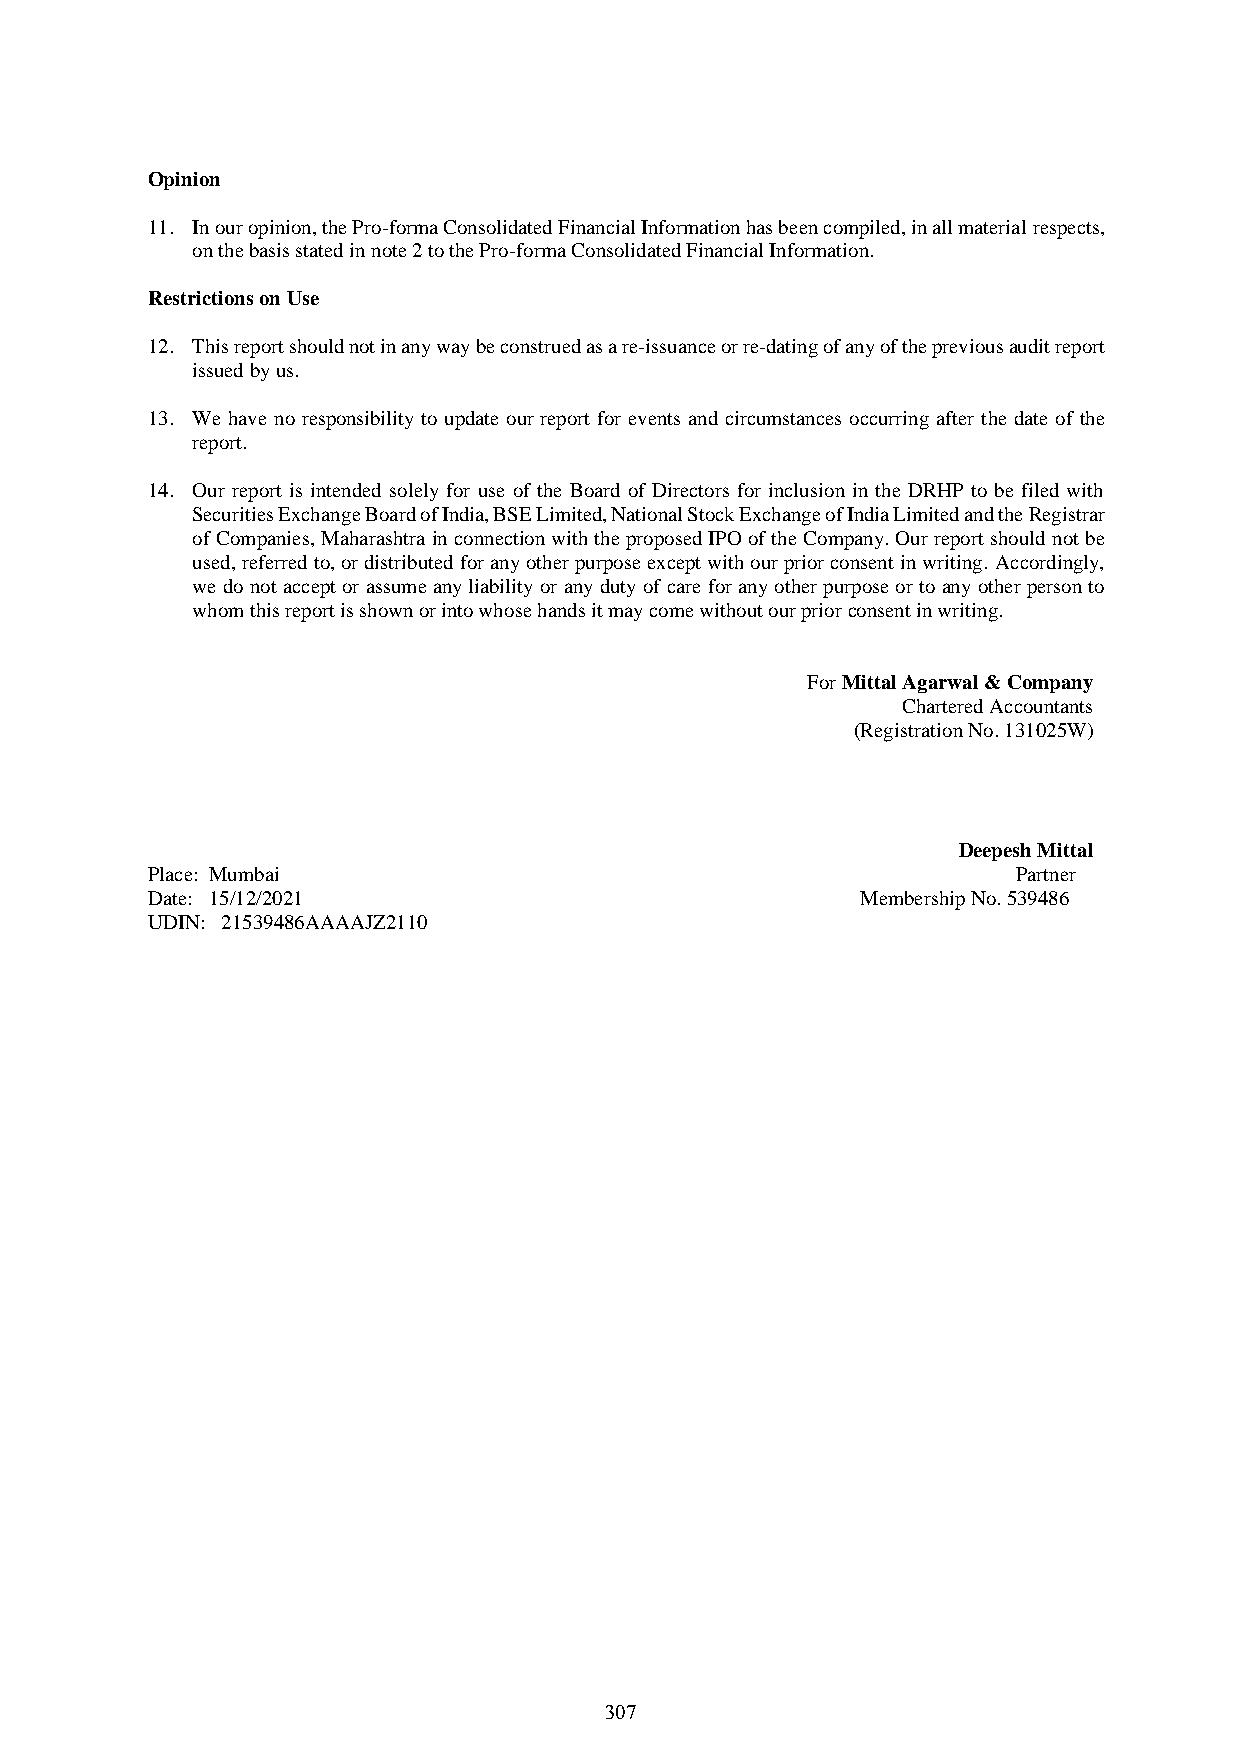
Opinion
 11. In our opinion, the Pro-forma Consolidated Financial Information has been compiled, in all material respects,
 on the basis stated in note 2 to the Pro-forma Consolidated Financial Information.
 Restrictions on Use
 12. This report should not in any way be construed as a re-issuance or re-dating of any of the previous audit report
 issued by us.
 13. We have no responsibility to update our report for events and circumstances occurring after the date of the
 report.
 14. Our report is intended solely for use of the Board of Directors for inclusion in the DRHP to be filed with
 Securities Exchange Board of India, BSE Limited, National Stock Exchange of India Limited and the Registrar
 of Companies, Maharashtra in connection with the proposed IPO of the Company. Our report should not be
 used, referred to, or distributed for any other purpose except with our prior consent in writing. Accordingly,
 we do not accept or assume any liability or any duty of care for any other purpose or to any other person to
 whom this report is shown or into whose hands it may come without our prior consent in writing.
 For Mittal Agarwal & Company
 Chartered Accountants
 (Registration No. 131025W)
 Deepesh Mittal
 Place: Mumbai                                            Partner
 Date: 15/12/2021                               Membership No. 539486
 UDIN: 21539486AAAAJZ2110
 307